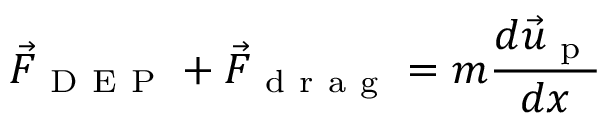
{ \vec { F } _ { \mathrm { ~ D ~ E ~ P ~ } } } + { \vec { F } _ { \mathrm { ~ d ~ r ~ a ~ g ~ } } } = m \frac { d \vec { u } _ { \mathrm { ~ p ~ } } } { d x }